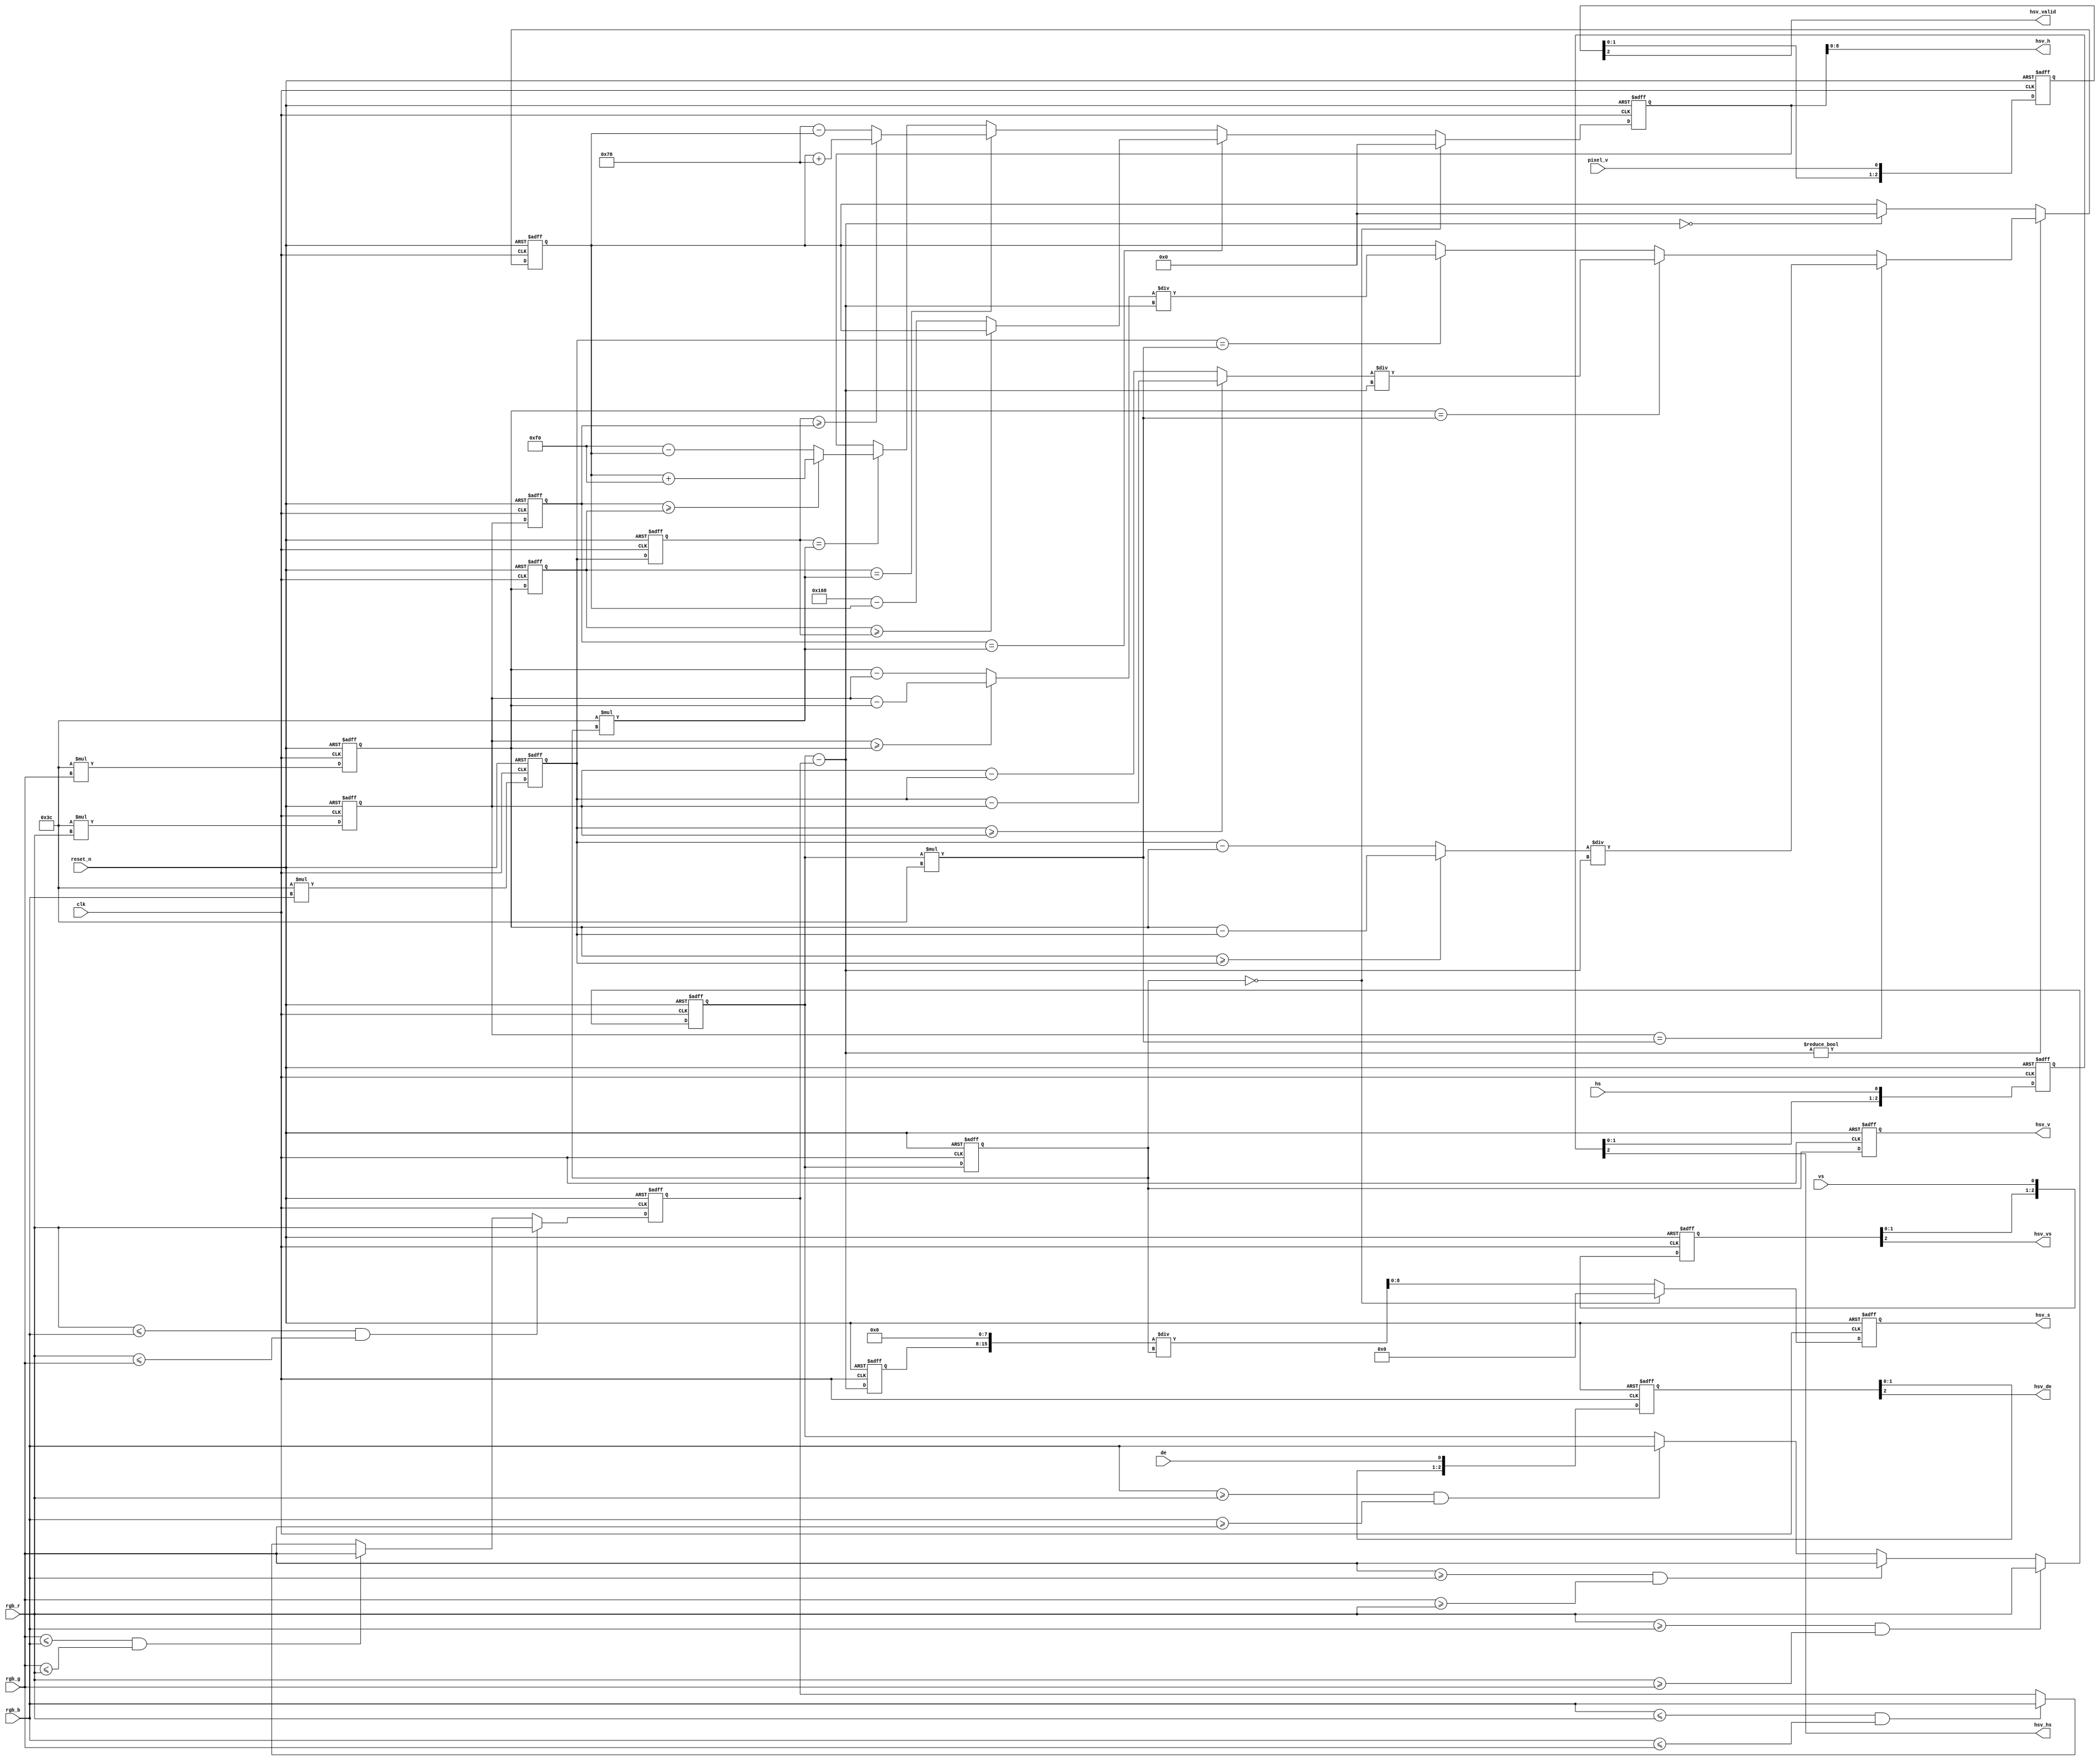
`timescale 1ns / 1ps
//////////////////////////////////////////////////////////////////////////////////
// Company: 
// Engineer: 
// 
// Design Name: 
// Module Name: RGB2HSV
// Project Name: 
// Target Devices: 
// Tool Versions: 
// Description: 
// 
// Dependencies: 
// 
// Revision:
// Revision 0.01 - File Created
// Additional Comments:
// 
//////////////////////////////////////////////////////////////////////////////////


module RGB2HSV(
input clk,
input reset_n,
input [7:0]rgb_r,
input [7:0]rgb_g,
input [7:0]rgb_b,
input vs,
input hs,
input de,
input pixel_v,
output [8:0]hsv_h,
output [8:0]hsv_s,
output [7:0]hsv_v,
output hsv_vs,
output hsv_hs,
output hsv_de,
output hsv_valid
);


reg [7:0]max;
reg [7:0]min;
reg [13:0]rgb_r_r;
reg [13:0]rgb_g_r;
reg [13:0]rgb_b_r;

reg [13:0]rgb_r_r2;
reg [13:0]rgb_g_r2;
reg [13:0]rgb_b_r2;
reg [7:0]max_r;

wire [7:0]max_min;
assign max_min=max-min;
reg [7:0]max_min_r;
wire [13:0]max60;
assign max60=max*60;

wire [13:0] g_b;
wire [13:0] b_r;
wire [13:0] r_g;
assign g_b=(rgb_g_r>=rgb_b_r)?(rgb_g_r-rgb_b_r):(rgb_b_r-rgb_g_r);
assign b_r=(rgb_b_r>=rgb_r_r)?(rgb_b_r-rgb_r_r):(rgb_r_r-rgb_b_r);
assign r_g=(rgb_r_r>=rgb_g_r)?(rgb_r_r-rgb_g_r):(rgb_g_r-rgb_r_r);


reg [13:0]temp;
reg [13:0]hsv_h_r;
reg [15:0]hsv_s_r;
reg [7:0]hsv_v_r;


always@(posedge clk or negedge reset_n)begin
if(!reset_n)begin
rgb_r_r<=0;
rgb_g_r<=0;
rgb_b_r<=0;
end
else begin
rgb_r_r<=60*rgb_r;
rgb_g_r<=60*rgb_g;
rgb_b_r<=60*rgb_b;
end
end

always@(posedge clk or negedge reset_n)begin
if(!reset_n)begin
rgb_r_r2<=0;
rgb_g_r2<=0;
rgb_b_r2<=0;
end
else begin
rgb_r_r2<=rgb_r_r;
rgb_g_r2<=rgb_g_r;
rgb_b_r2<=rgb_b_r;
end
end

always@(posedge clk or negedge reset_n)begin
if(!reset_n)
max<=0;
else if((rgb_r>=rgb_b)&&(rgb_r>=rgb_g))
max<=rgb_r;
else if((rgb_g>=rgb_b)&&(rgb_g>=rgb_r))
max<=rgb_g;
else if((rgb_b>=rgb_r)&&(rgb_b>=rgb_g))
max<=rgb_b;
end

always@(posedge clk or negedge reset_n)begin
if(!reset_n)
min<=0;
else if((rgb_r<=rgb_b)&&(rgb_r<=rgb_g))
min<=rgb_r;
else if((rgb_g<=rgb_b)&&(rgb_g<=rgb_r))
min<=rgb_g;
else if((rgb_b<=rgb_r)&&(rgb_b<=rgb_g))
min<=rgb_b;
end

always@(posedge clk or negedge reset_n)begin
if(!reset_n)
max_min_r<=0;
else
max_min_r<=max_min;
end

always@(posedge clk or negedge reset_n)begin
if(!reset_n)
temp<=0;
else if(max_min!=0)begin
if(rgb_r_r==max60)
temp<=g_b/{6'b0,max_min};
else if(rgb_g_r==max60)
temp<=b_r/{6'b0,max_min};
else if(rgb_b_r==max60)
temp<=r_g/{6'b0,max_min};
end
else if(max_min==0)
temp<=0;
end

always@(posedge clk or negedge reset_n)begin
if(!reset_n)
max_r<=0;
else
max_r<=max;
end

always@(posedge clk or negedge reset_n)begin
if(!reset_n)
hsv_h_r<=0;
else if(max_r==0)
hsv_h_r<=0;
else if(rgb_r_r2==60*max_r)
hsv_h_r<=(rgb_g_r2>=rgb_b_r2)?temp:(14'd360-temp);
else if(rgb_g_r2==60*max_r)
hsv_h_r<=(rgb_b_r2>=rgb_r_r2)?(temp+120):(14'd120-temp);
else if(rgb_b_r2==60*max_r)
hsv_h_r<=(rgb_r_r2>=rgb_g_r2)?(temp+240):(14'd240-temp);
end

always@(posedge clk or negedge reset_n)begin
if(!reset_n)
hsv_s_r<=0;
else if(max_r==0)
hsv_s_r<=0;
else
hsv_s_r<={max_min_r,8'b0}/{8'b0,max_r};
end


always@(posedge clk or negedge reset_n)begin
if(!reset_n)
hsv_v_r<=0;
else
hsv_v_r<=max_r;
end

reg [2:0]vs_delay;
reg [2:0]hs_delay;
reg [2:0]de_delay;
reg [2:0]valid_delay;


always@(posedge clk or negedge reset_n)begin
if(!reset_n)begin
vs_delay<=0;
hs_delay<=0;
de_delay<=0;
valid_delay<=0;
end
else begin
vs_delay <= { vs_delay[1:0],vs};
hs_delay <= { hs_delay[1:0],hs};
de_delay <= { de_delay[1:0],de};
valid_delay<= { valid_delay[1:0],pixel_v};
end
end

assign hsv_vs=vs_delay[2];
assign hsv_hs=hs_delay[2];
assign hsv_de=de_delay[2];
assign hsv_valid=valid_delay[2];

assign hsv_h=hsv_h_r[8:0];
assign hsv_s=hsv_s_r[8:0];
assign hsv_v=hsv_v_r;

endmodule